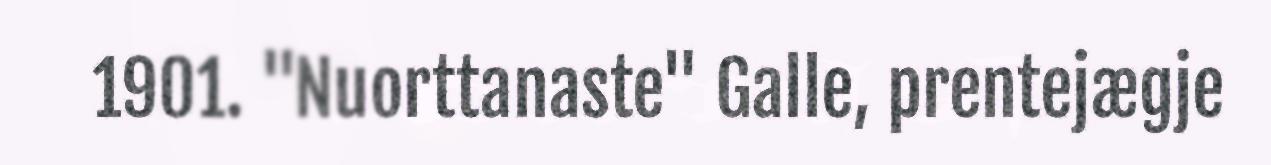
1901. "Nuorttanaste" Galle, prentejægje